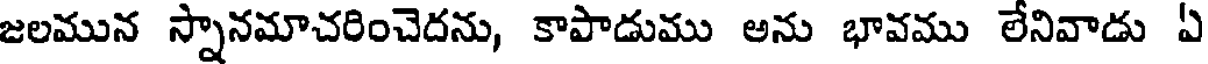
జలమున స్నానమాచరించెదను, కాపాడుము అను భావము లేనివాడు ఏ